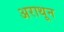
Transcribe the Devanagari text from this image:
अराथून